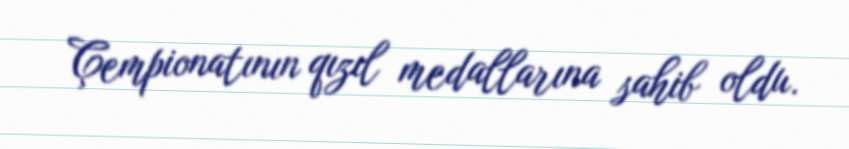
Çempionatının qızıl medallarına sahib oldu.